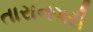
તારાનગરી